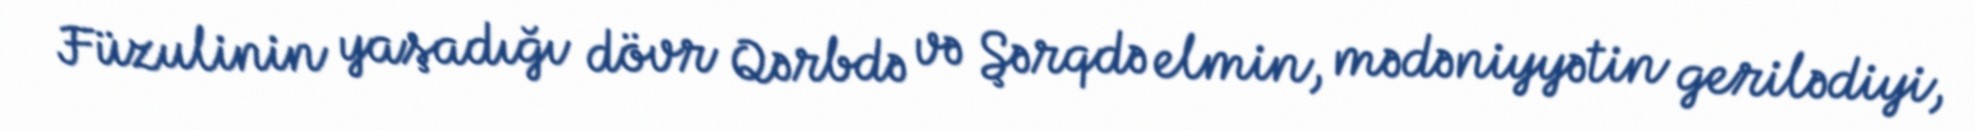
Füzulinin yaşadığı dövr Qərbdə və Şərqdə elmin, mədəniyyətin gerilədiyi,